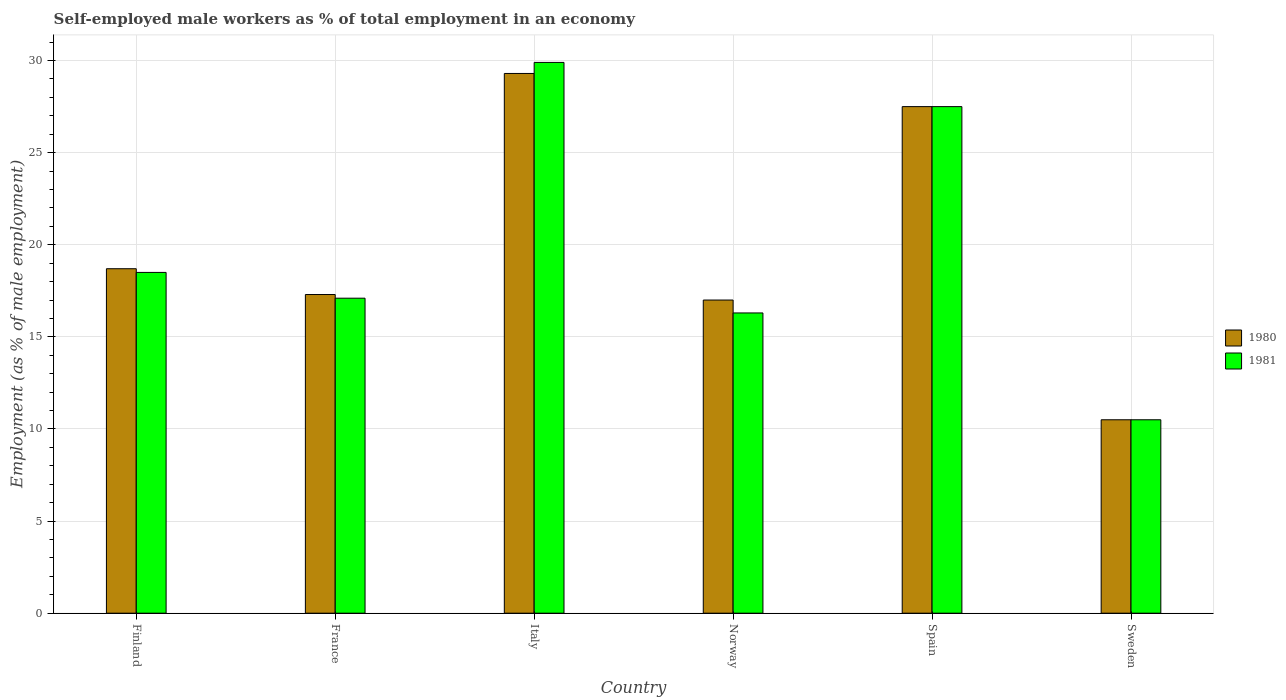
| Country | 1980 | 1981 |
 | --- | --- | --- |
 | Finland | 18.7 | 18.5 |
 | France | 17.3 | 17.1 |
 | Italy | 29.3 | 29.9 |
 | Norway | 17 | 16.3 |
 | Spain | 27.5 | 27.5 |
 | Sweden | 10.5 | 10.5 |